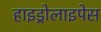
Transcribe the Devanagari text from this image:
हाइड्रोलाइपेस